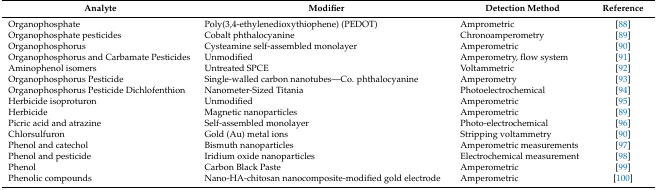
| Analyte | Modifier | Detection Method | Reference |
 | --- | --- | --- | --- |
 | Organophosphate | Poly(3,4-ethylenedioxythiophene) (PEDOT) | Amprometric | [88] |
 | Organophosphate pesticides | Cobalt phthalocyanine | Chronoamperometry | [89] |
 | Organophosphorus | Cysteamine self-assembled monolayer | Amperometric | [90] |
 | Organophosphorus and Carbamate Pesticides | Unmodified | Amperometry, flow system | [91] |
 | Aminophenol isomers | Untreated SPCE | Voltammetric | [92] |
 | Organophosphorus Pesticide | Single-walled carbon nanotubes—Co. phthalocyanine | Amperometry | [93] |
 | Organophosphorus Pesticide Dichlofenthion | Nanometer-Sized Titania | Photoelectrochemical | [94] |
 | Herbicide isoproturon | Unmodified | Amperometric | [95] |
 | Herbicide | Magnetic nanoparticles | Amperometric | [89] |
 | Picric acid and atrazine | Self-assembled monolayer | Photo-electrochemical | [96] |
 | Chlorsulfuron | Gold (Au) metal ions | Stripping voltammetry | [90] |
 | Phenol and catechol | Bismuth nanoparticles | Amperometric measurements | [97] |
 | Phenol and pesticide | Iridium oxide nanoparticles | Electrochemical measurement | [98] |
 | Phenol | Carbon Black Paste | Amperometric | [99] |
 | Phenolic compounds | Nano-HA-chitosan nanocomposite-modified gold electrode | Amperometric | [100] |